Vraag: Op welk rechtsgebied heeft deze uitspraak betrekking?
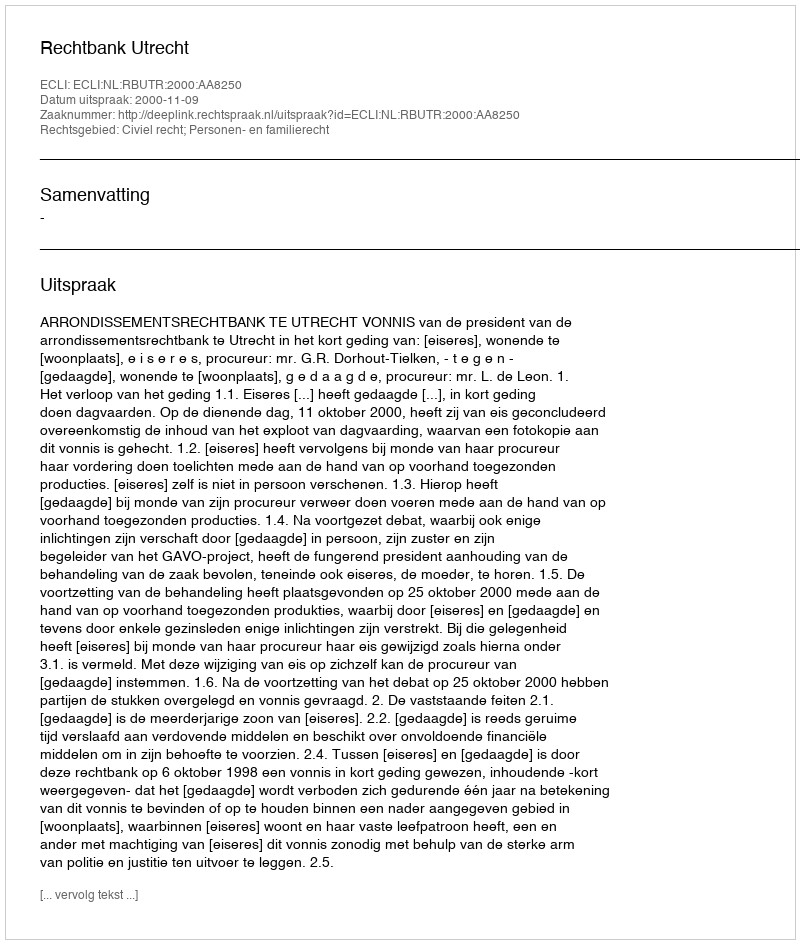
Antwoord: Civiel recht; Personen- en familierecht